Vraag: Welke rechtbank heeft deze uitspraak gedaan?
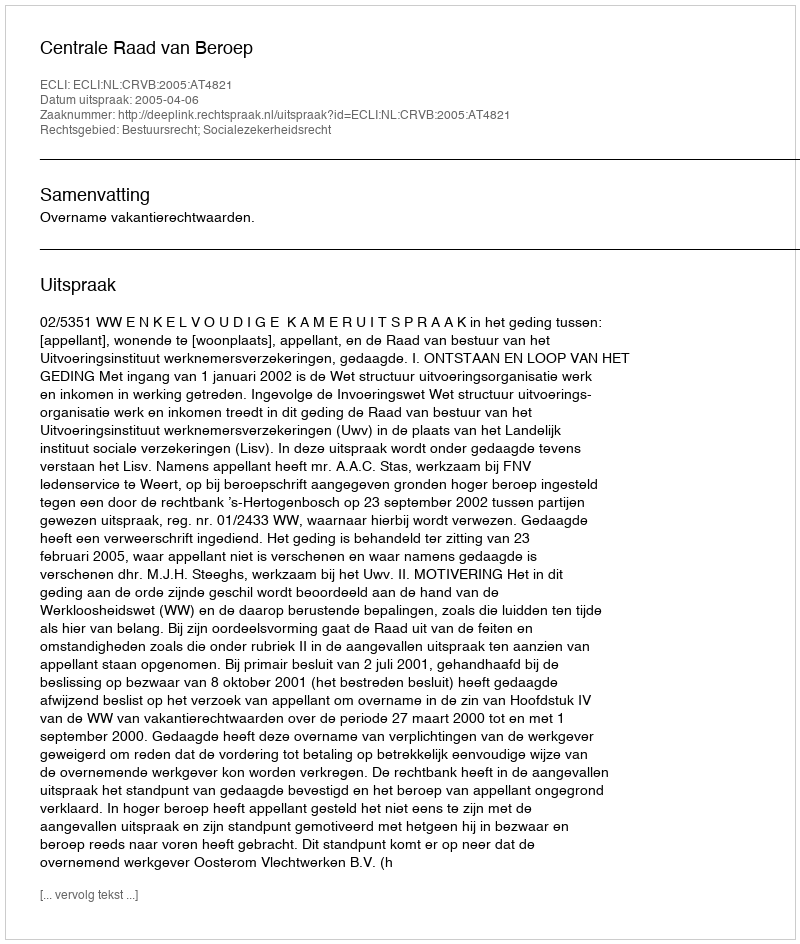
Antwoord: Centrale Raad van Beroep